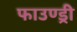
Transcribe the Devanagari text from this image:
फाउण्ड्री